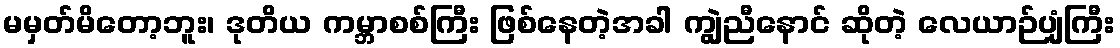
မမှတ်မိတော့ဘူး၊ ဒုတိယ ကမ္ဘာစစ်ကြီး ဖြစ်နေတဲ့အခါ ကျွဲညီနောင် ဆိုတဲ့ လေယာဉ်ပျံကြီး